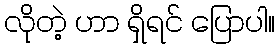
လိုတဲ့ ဟာ ရှိရင် ပြောပါ။